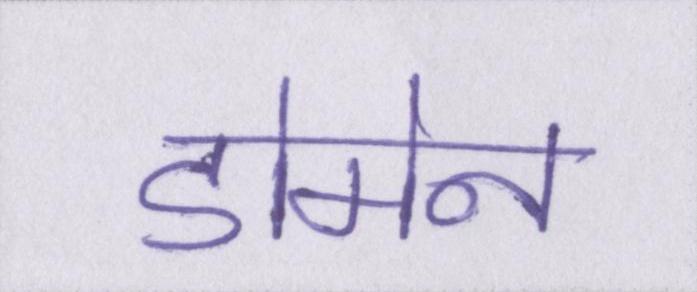
डोमेन